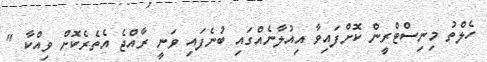
ހެލްތު މިނިސްޓްރީން ކޮށްފައިވާ އިއުލާނެއްގައި ބުނެފައި ވަނީ ރާއްޖެ އެތެރެކޮށް ވިއްކާ "